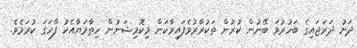
ދަށު ދަރަޖައިގެ ބަހުރުވަ ބޭނުން ކުރުން ތަކުރާރުވެފައިވާކަން މިކޮމިޝަނުން ހިތާމަޔާއެކު ފާހަގަ ކުރަމެވެ.